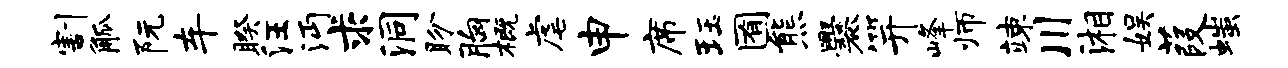
割觚阮车睽汪沔求洞盼胸概虐申席珏囿熊爨笄峰师竦川湘娱葭嗤